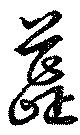
蕋